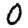
Digit: 0